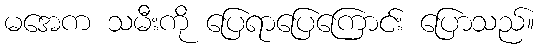
မအေက သမီးကို ပြေရာပြေကြောင်း ပြောသည်။